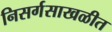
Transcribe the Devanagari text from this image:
निसर्गसाखळीत